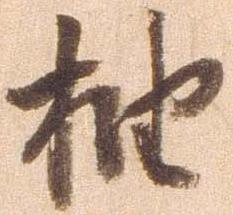
抽